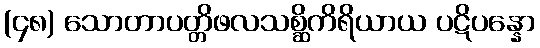
(၄၈) သောတာပတ္တိဖလသစ္ဆိကိရိယာယ ပဋိပန္နော